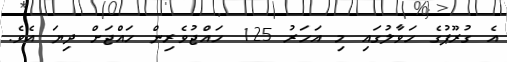
އެ ގުރޫޕުގެ ހަވާލުގައި މި އަހަރު 125 ހައްޖުވެރިން ހައްޖަށް ދިޔަ އެވެ.